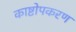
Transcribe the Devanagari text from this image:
काष्टोपकरण